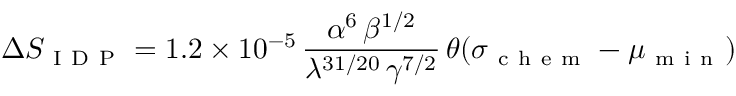
\Delta S _ { \mathrm { ~ I ~ D ~ P ~ } } = 1 . 2 \times 1 0 ^ { - 5 } \, \frac { \alpha ^ { 6 } \, \beta ^ { 1 / 2 } } { \lambda ^ { 3 1 / 2 0 } \, \gamma ^ { 7 / 2 } } \, \theta ( \sigma _ { \mathrm { ~ c ~ h ~ e ~ m ~ } } - \mu _ { \mathrm { ~ m ~ i ~ n ~ } } )